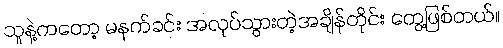
သူနဲ့ကတော့ မနက်ခင်း အလုပ်သွားတဲ့အချိန်တိုင်း တွေ့ဖြစ်တယ်။